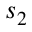
s _ { 2 }